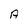
Character: A